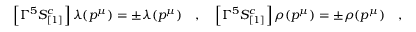
\left[ \Gamma ^ { 5 } S _ { [ 1 ] } ^ { c } \right] \lambda ( p ^ { \mu } ) = \pm \lambda ( p ^ { \mu } ) \quad , \quad \left[ \Gamma ^ { 5 } S _ { [ 1 ] } ^ { c } \right] \rho ( p ^ { \mu } ) = \pm \rho ( p ^ { \mu } ) \quad ,